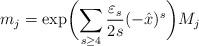
LaTeX: \begin{align*} m_j = \exp \biggl( \sum_{s \ge 4} \frac{\varepsilon_s}{2s} (-\hat{x})^s \biggr) M_j\end{align*}